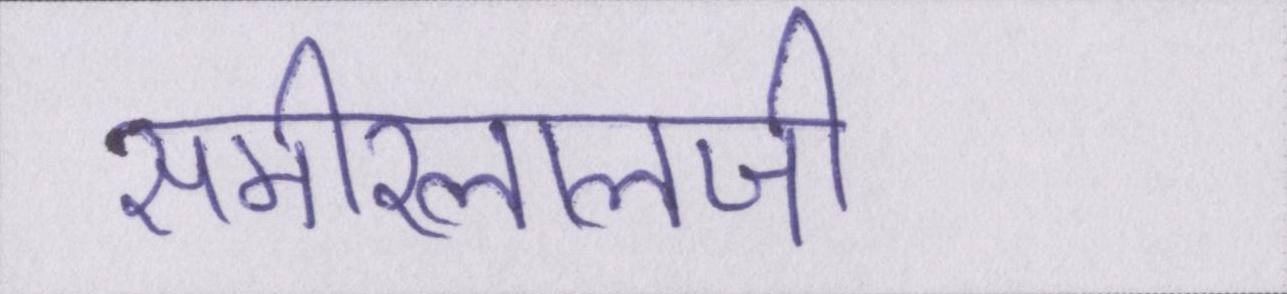
समीरलालजी